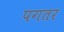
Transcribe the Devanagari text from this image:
पगतर